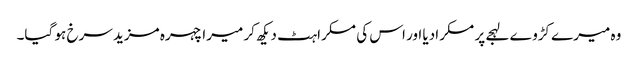
وہ میرے کڑوے لہجے پر مسکرادیا اور اس کی مسکراہٹ دیکھ کر میرا چہرہ مزید سرخ ہو گیا۔